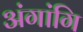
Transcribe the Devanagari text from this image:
अंगांगि